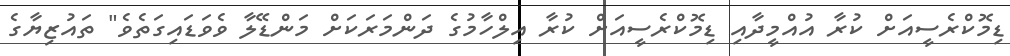
ޑިމޮކްރެސީއަށް ކުރާ އުއްމީދާއި ޑިމޮކްރެސީއަށް ކުރާ އިލްހާމުގެ ދަންމަރަކަށް މަންޑޭލާ ވެވަޑައިގަތެވެ" ތައުޒިޔާގެ